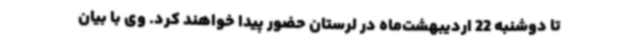
تا دوشنبه 22 اردیبهشت‌ماه در لرستان حضور پیدا خواهند کرد. وی با بیان